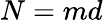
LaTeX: N=md